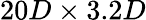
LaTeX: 20D\times 3.2D